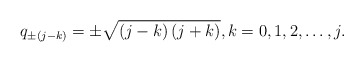
\begin{align*}q_{ \pm (j - k)} = \pm \sqrt {\left( {j - k} \right)\left( {j + k} \right)} ,k = 0,1,2, \ldots ,j.\end{align*}